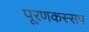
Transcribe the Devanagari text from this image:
पूरणकस्सप